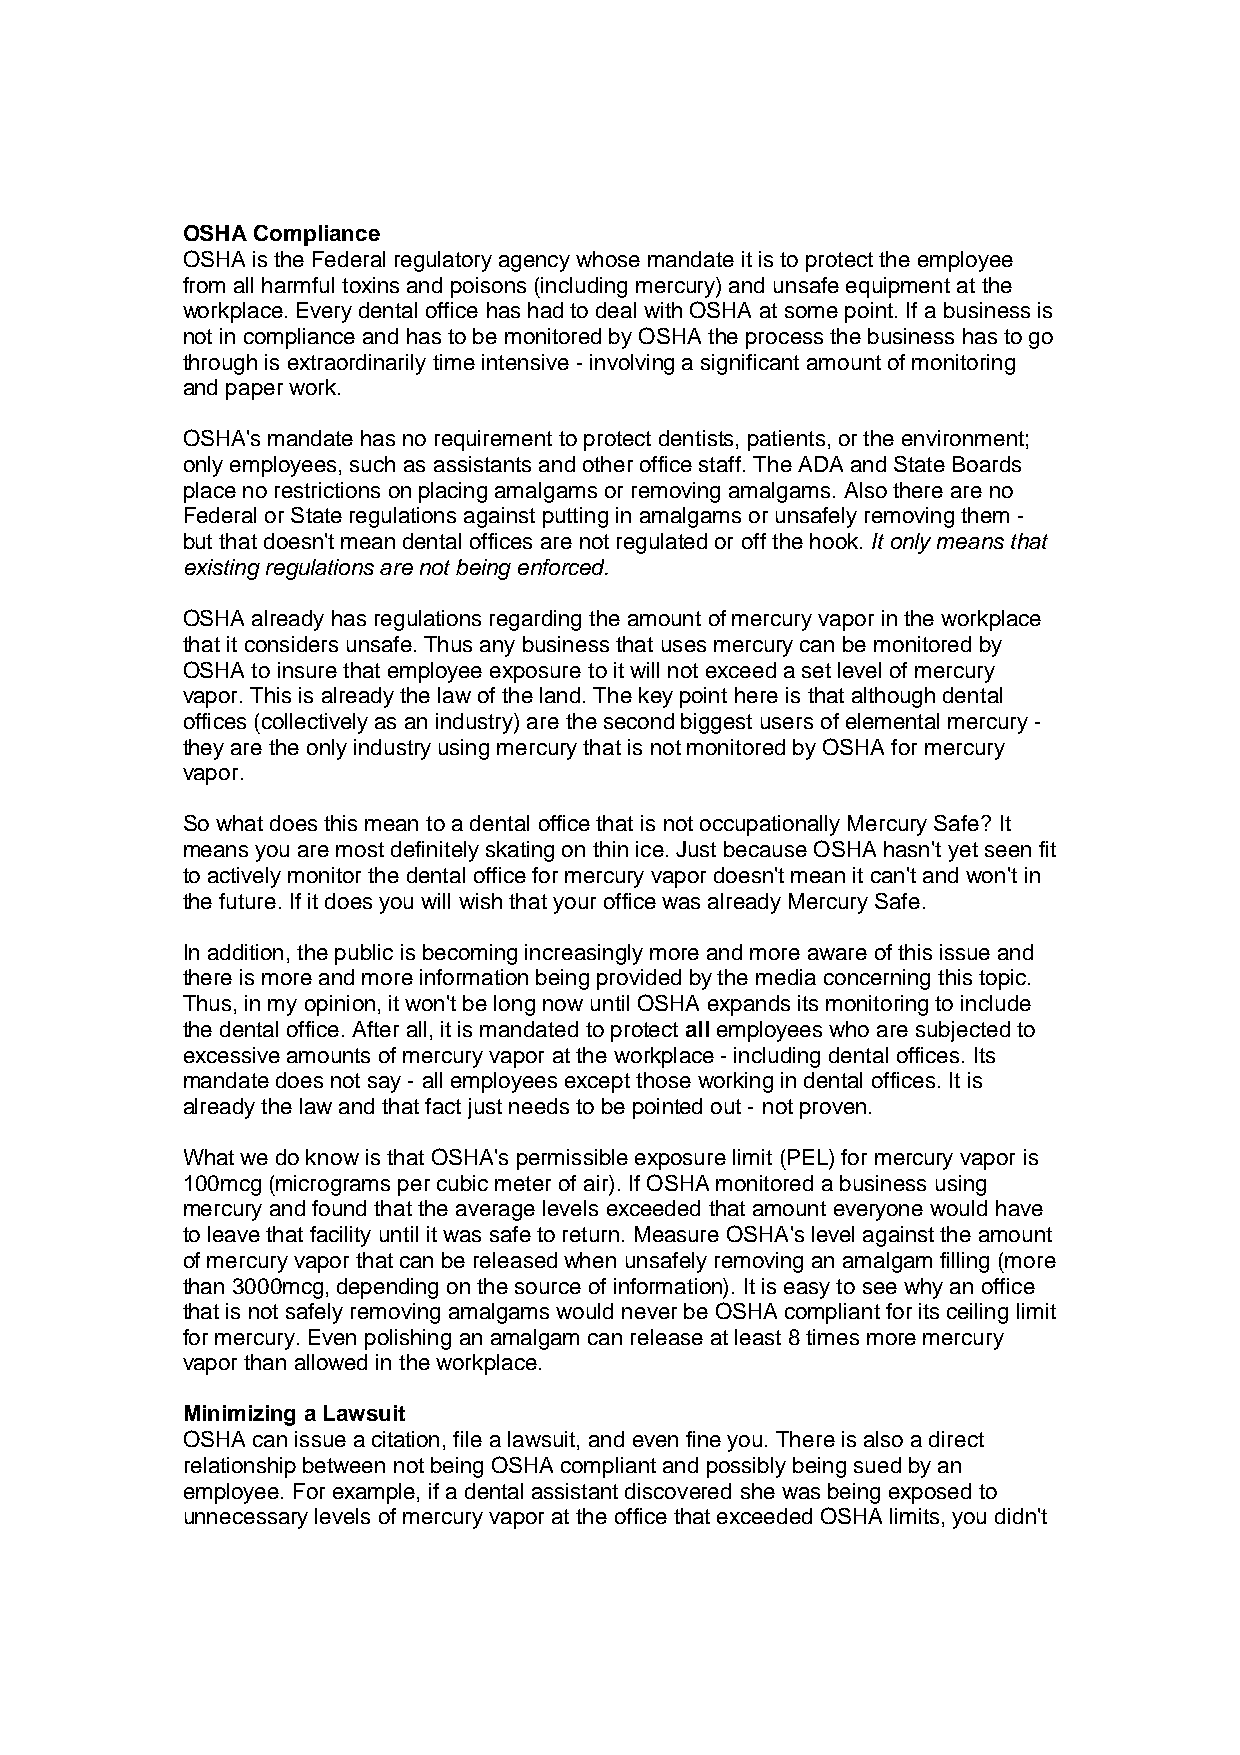
OSHA Compliance
 OSHA is the Federal regulatory agency whose mandate it is to protect the employee
 from all harmful toxins and poisons (including mercury) and unsafe equipment at the
 workplace. Every dental office has had to deal with OSHA at some point. If a business is
 not in compliance and has to be monitored by OSHA the process the business has to go
 through is extraordinarily time intensive - involving a significant amount of monitoring
 and paper work.
 OSHA's mandate has no requirement to protect dentists, patients, or the environment;
 only employees, such as assistants and other office staff. The ADA and State Boards
 place no restrictions on placing amalgams or removing amalgams. Also there are no
 Federal or State regulations against putting in amalgams or unsafely removing them -
 but that doesn't mean dental offices are not regulated or off the hook. It only means that
 existing regulations are not being enforced.
 OSHA already has regulations regarding the amount of mercury vapor in the workplace
 that it considers unsafe. Thus any business that uses mercury can be monitored by
 OSHA to insure that employee exposure to it will not exceed a set level of mercury
 vapor. This is already the law of the land. The key point here is that although dental
 offices (collectively as an industry) are the second biggest users of elemental mercury -
 they are the only industry using mercury that is not monitored by OSHA for mercury
 vapor.
 So what does this mean to a dental office that is not occupationally Mercury Safe? It
 means you are most definitely skating on thin ice. Just because OSHA hasn't yet seen fit
 to actively monitor the dental office for mercury vapor doesn't mean it can't and won't in
 the future. If it does you will wish that your office was already Mercury Safe.
 In addition, the public is becoming increasingly more and more aware of this issue and
 there is more and more information being provided by the media concerning this topic.
 Thus, in my opinion, it won't be long now until OSHA expands its monitoring to include
 the dental office. After all, it is mandated to protect all employees who are subjected to
 excessive amounts of mercury vapor at the workplace - including dental offices. Its
 mandate does not say - all employees except those working in dental offices. It is
 already the law and that fact just needs to be pointed out - not proven.
 What we do know is that OSHA's permissible exposure limit (PEL) for mercury vapor is
 100mcg (micrograms per cubic meter of air). If OSHA monitored a business using
 mercury and found that the average levels exceeded that amount everyone would have
 to leave that facility until it was safe to return. Measure OSHA's level against the amount
 of mercury vapor that can be released when unsafely removing an amalgam filling (more
 than 3000mcg, depending on the source of information). It is easy to see why an office
 that is not safely removing amalgams would never be OSHA compliant for its ceiling limit
 for mercury. Even polishing an amalgam can release at least 8 times more mercury
 vapor than allowed in the workplace.
 Minimizing a Lawsuit
 OSHA can issue a citation, file a lawsuit, and even fine you. There is also a direct
 relationship between not being OSHA compliant and possibly being sued by an
 employee. For example, if a dental assistant discovered she was being exposed to
 unnecessary levels of mercury vapor at the office that exceeded OSHA limits, you didn't